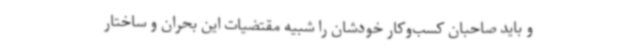
و باید صاحبان کسب‌وکار خودشان را شبیه مقتضیات این بحران و ساختار